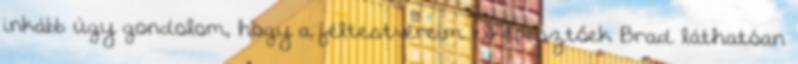
inkább úgy gondolom, hogy a féltestvéreim elképesztőek Brad láthatóan